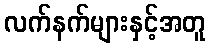
လက်နက်များနှင့်အတူ